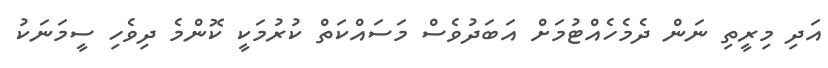
އަދި މިރީތި ނަން ދެމެހެއްޓުމަށް އަބަދުވެސް މަސައްކަތް ކުރުމަކީ ކޮންމެ ދިވެހި ސީމަނަކު